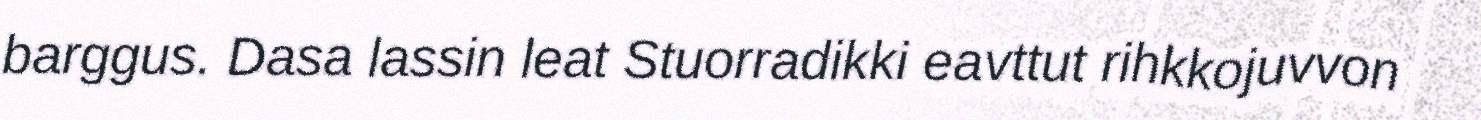
barggus. Dasa lassin leat Stuorradikki eavttut rihkkojuvvon